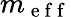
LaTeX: m_{\mathrm{~e~f~f~}}